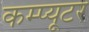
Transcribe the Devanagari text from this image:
कम्प्‍यूटर